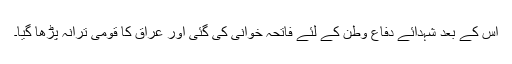
اس کے بعد شہدائے دفاع وطن کے لئے فاتحہ خوانی کی گئی اور عراق کا قومی ترانہ پڑھا گیا۔